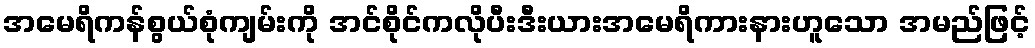
အမေရိကန်စွယ်စုံကျမ်းကို အင်စိုင်ကလိုပီးဒီးယားအမေရိကားနားဟူသော အမည်ဖြင့်